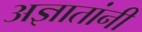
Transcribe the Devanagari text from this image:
अज्ञातांनी